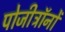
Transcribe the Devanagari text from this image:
पोजीट्रॉनों